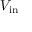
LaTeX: V _ { \mathrm { i n } }